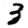
Digit: 3